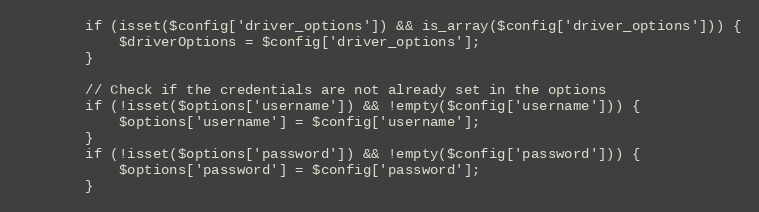
Language: PHP
        if (isset($config['driver_options']) && is_array($config['driver_options'])) {
            $driverOptions = $config['driver_options'];
        }

        // Check if the credentials are not already set in the options
        if (!isset($options['username']) && !empty($config['username'])) {
            $options['username'] = $config['username'];
        }
        if (!isset($options['password']) && !empty($config['password'])) {
            $options['password'] = $config['password'];
        }